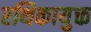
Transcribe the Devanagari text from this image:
रथिकायुक्त